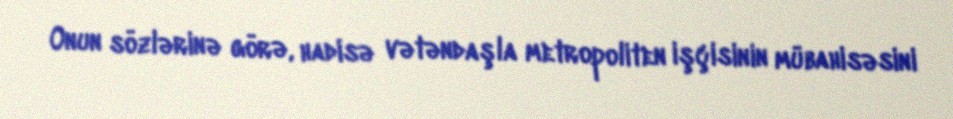
Onun sözlərinə görə, hadisə vətəndaşla metropoliten işçisinin mübahisəsini